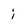
Character: i